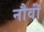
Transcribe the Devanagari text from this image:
नौवॉं